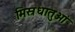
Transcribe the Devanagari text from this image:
मिस्रधातुओं